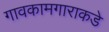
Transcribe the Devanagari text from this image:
गावकामगाराकडे